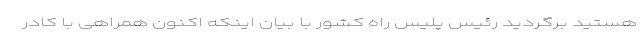
هستید برگردید رئیس پلیس راه کشور با بیان اینکه اکنون همراهی با کادر